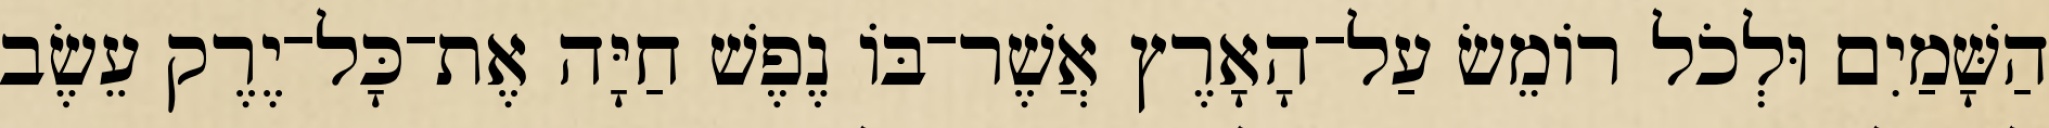
הַשָּׁמַיִם וּלְכֹל רֹומֵשׂ עַל־הָאָרֶץ אֲשֶׁר־בֹּו נֶפֶשׁ חַיָּה אֶת־כָּל־יֶרֶק עֵשֶׂב